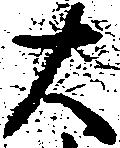
大